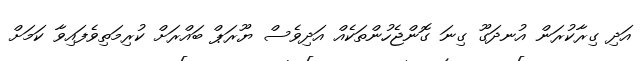
އަދި ގިރާކުރަން އުނދަގޫ ގިނަ ގޮންޖެހުންތަކެއް އަދިވެސް ޔޫރަޕް ބައްރަށް ކުރިމަތިވެފައިވާ ކަމަށް